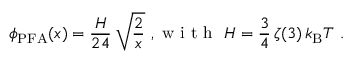
\phi _ { \mathrm { P F A } } ( x ) = \frac { H } { 2 4 } \, \sqrt { \frac 2 x } ~ , \textrm { w i t h } ~ H = \frac 3 4 \, \zeta ( 3 ) \, k _ { \mathrm { B } } T ~ .